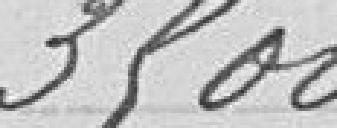
3 500